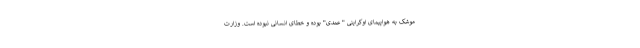
موشک به هواپیمای اوکراینی " عمدی" بوده و خطای انسانی نبوده است. وزارت